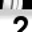
Digit: 2